Indian Medical Review
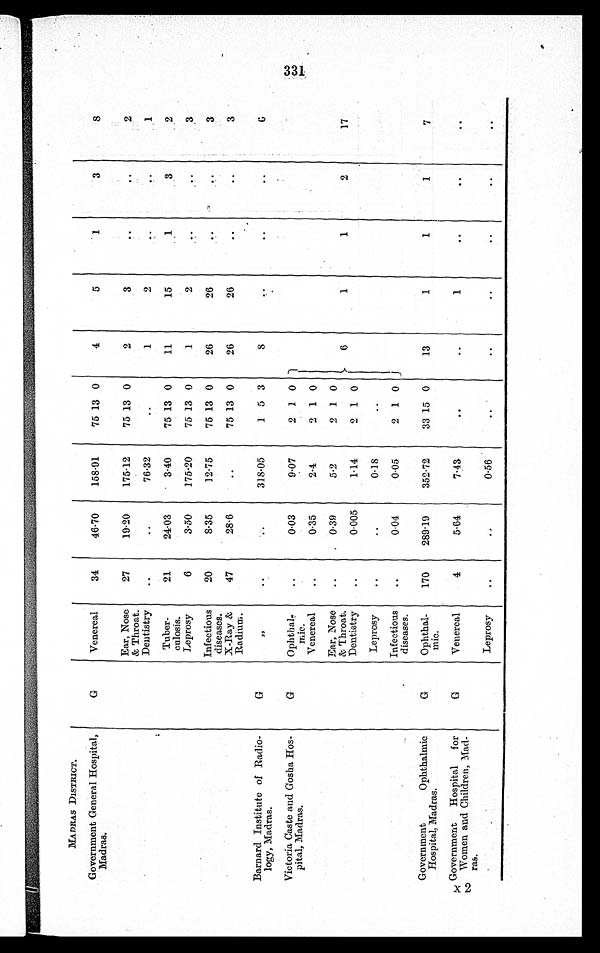
MADRAS DISTRICT.
Government General Hospital,
Madras.
G
Venereal
34
46·70
158·91
75 13 0
4
5
1
3
8
Ear, Nose
& Throat.
27
19·20
175·12
75 13 0
2
3
. .
..
2
Dentistry
..
..
76·32
. .
1
2
..
. . 1
Tuber-
culosis.
21
24·03
3 . 40
75 13 0
11
15
1
3
2
Leprosy
6
3·50
175·20
75 13 0
1
2
. .
. .
3
Infectious
diseases.
20
8·35
12·75
75 13 0
26
26
. .
..
3
X-Ray &
Radium.
47
28·6
..
75 13 0
26
26
. .
. . 3
Barnard Institute of Radio-
logy, Madras.
G
, ,
. .
. .
318·05
1 5 3
8
. .
. .
. . 6
Victoria Caste and Gosha Hos-
pital, Madras.
G
Ophthal-
mic..
...
0·03
9·07
2 1 0
1
Venereal
..
0·35
2·4
2 1 0
Ear, Nose
& Throat.
..
0 . 39
5·2
2 1 0
6
1
1
2
17
Dentistry
..
0·005
1·14
2 1 0
Leprosy
..
..
0·18
. .
Infectious
diseases.
..
0·04
0·05
2 1 0
Government Ophthalmic
Hospital, Madras.
G
Ophthal-
mic.
170
289·19
352·72
33 15 0
13
1
1
1
7
Government Hospital for
Women and Children, Mad-
ras.
G
Venereal
4
5·64
7·43
. .
. .
1
. .
. .
. .
Leprosy
..
..
0·56
. .
. .
. .
. .
. .
. .
331